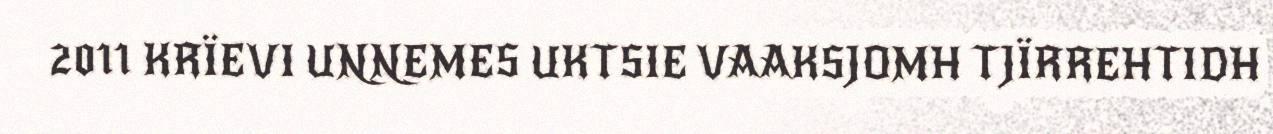
2011 KRÏEVI UNNEMES UKTSIE VAAKSJOMH TJÏRREHTIDH